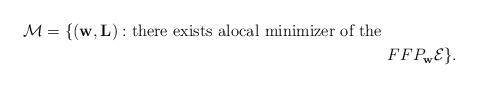
LaTeX: \begin{align*}\mathcal{M}=\{(\mathbf{w}, \mathbf{L}):\text{there exists alocal minimizer of the } &\\&FFP_{\mathbf{w}} \mathcal{E}\}.\end{align*}